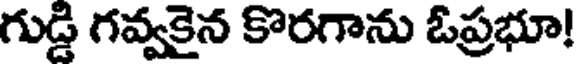
గుడ్డి గవ్వకైన కొరగాను ఓప్రభూ!